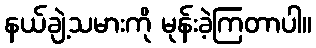
နယ်ချဲ့သမားကို မုန်းခဲ့ကြတာပါ။